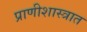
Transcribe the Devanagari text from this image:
प्राणीशास्त्रात